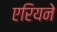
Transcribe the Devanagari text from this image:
एरियने